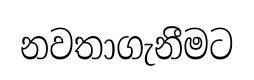
නවතාගැනීමට